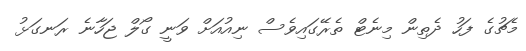
މެޗުގެ ފަހު ދެތިން މިނެޓް ތެރޭގައިވެސް ނިއުއަށް ވަނީ ގޯލް ޖަހާނެ ރަނގަޅު